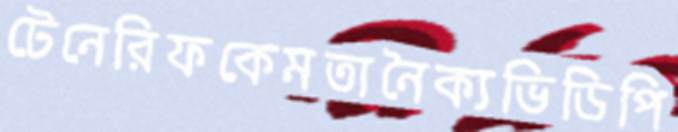
টেনেরিফকেমতানৈক্যভিডিপি